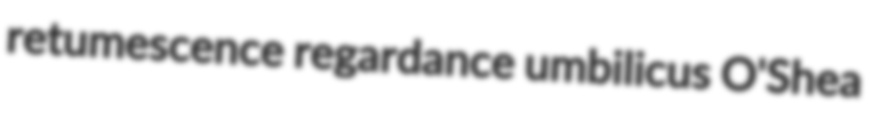
retumescence regardance umbilicus O'Shea